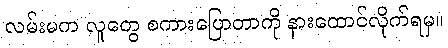
လမ်းမက လူတွေ စကားပြောတာကို နားထောင်လိုက်ရမှ။